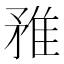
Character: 𨾣